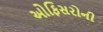
ઓફિસરોની